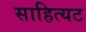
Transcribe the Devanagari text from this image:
साहित्यट